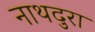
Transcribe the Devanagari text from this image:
नाथदुरा